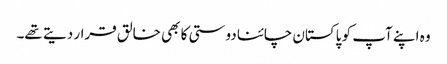
وہ اپنے آپ کو پاکستان چائنا دوستی کا بھی خالق قرار دیتے تھے۔